Tartu_pedagoogiumi_aruanded, lk 3
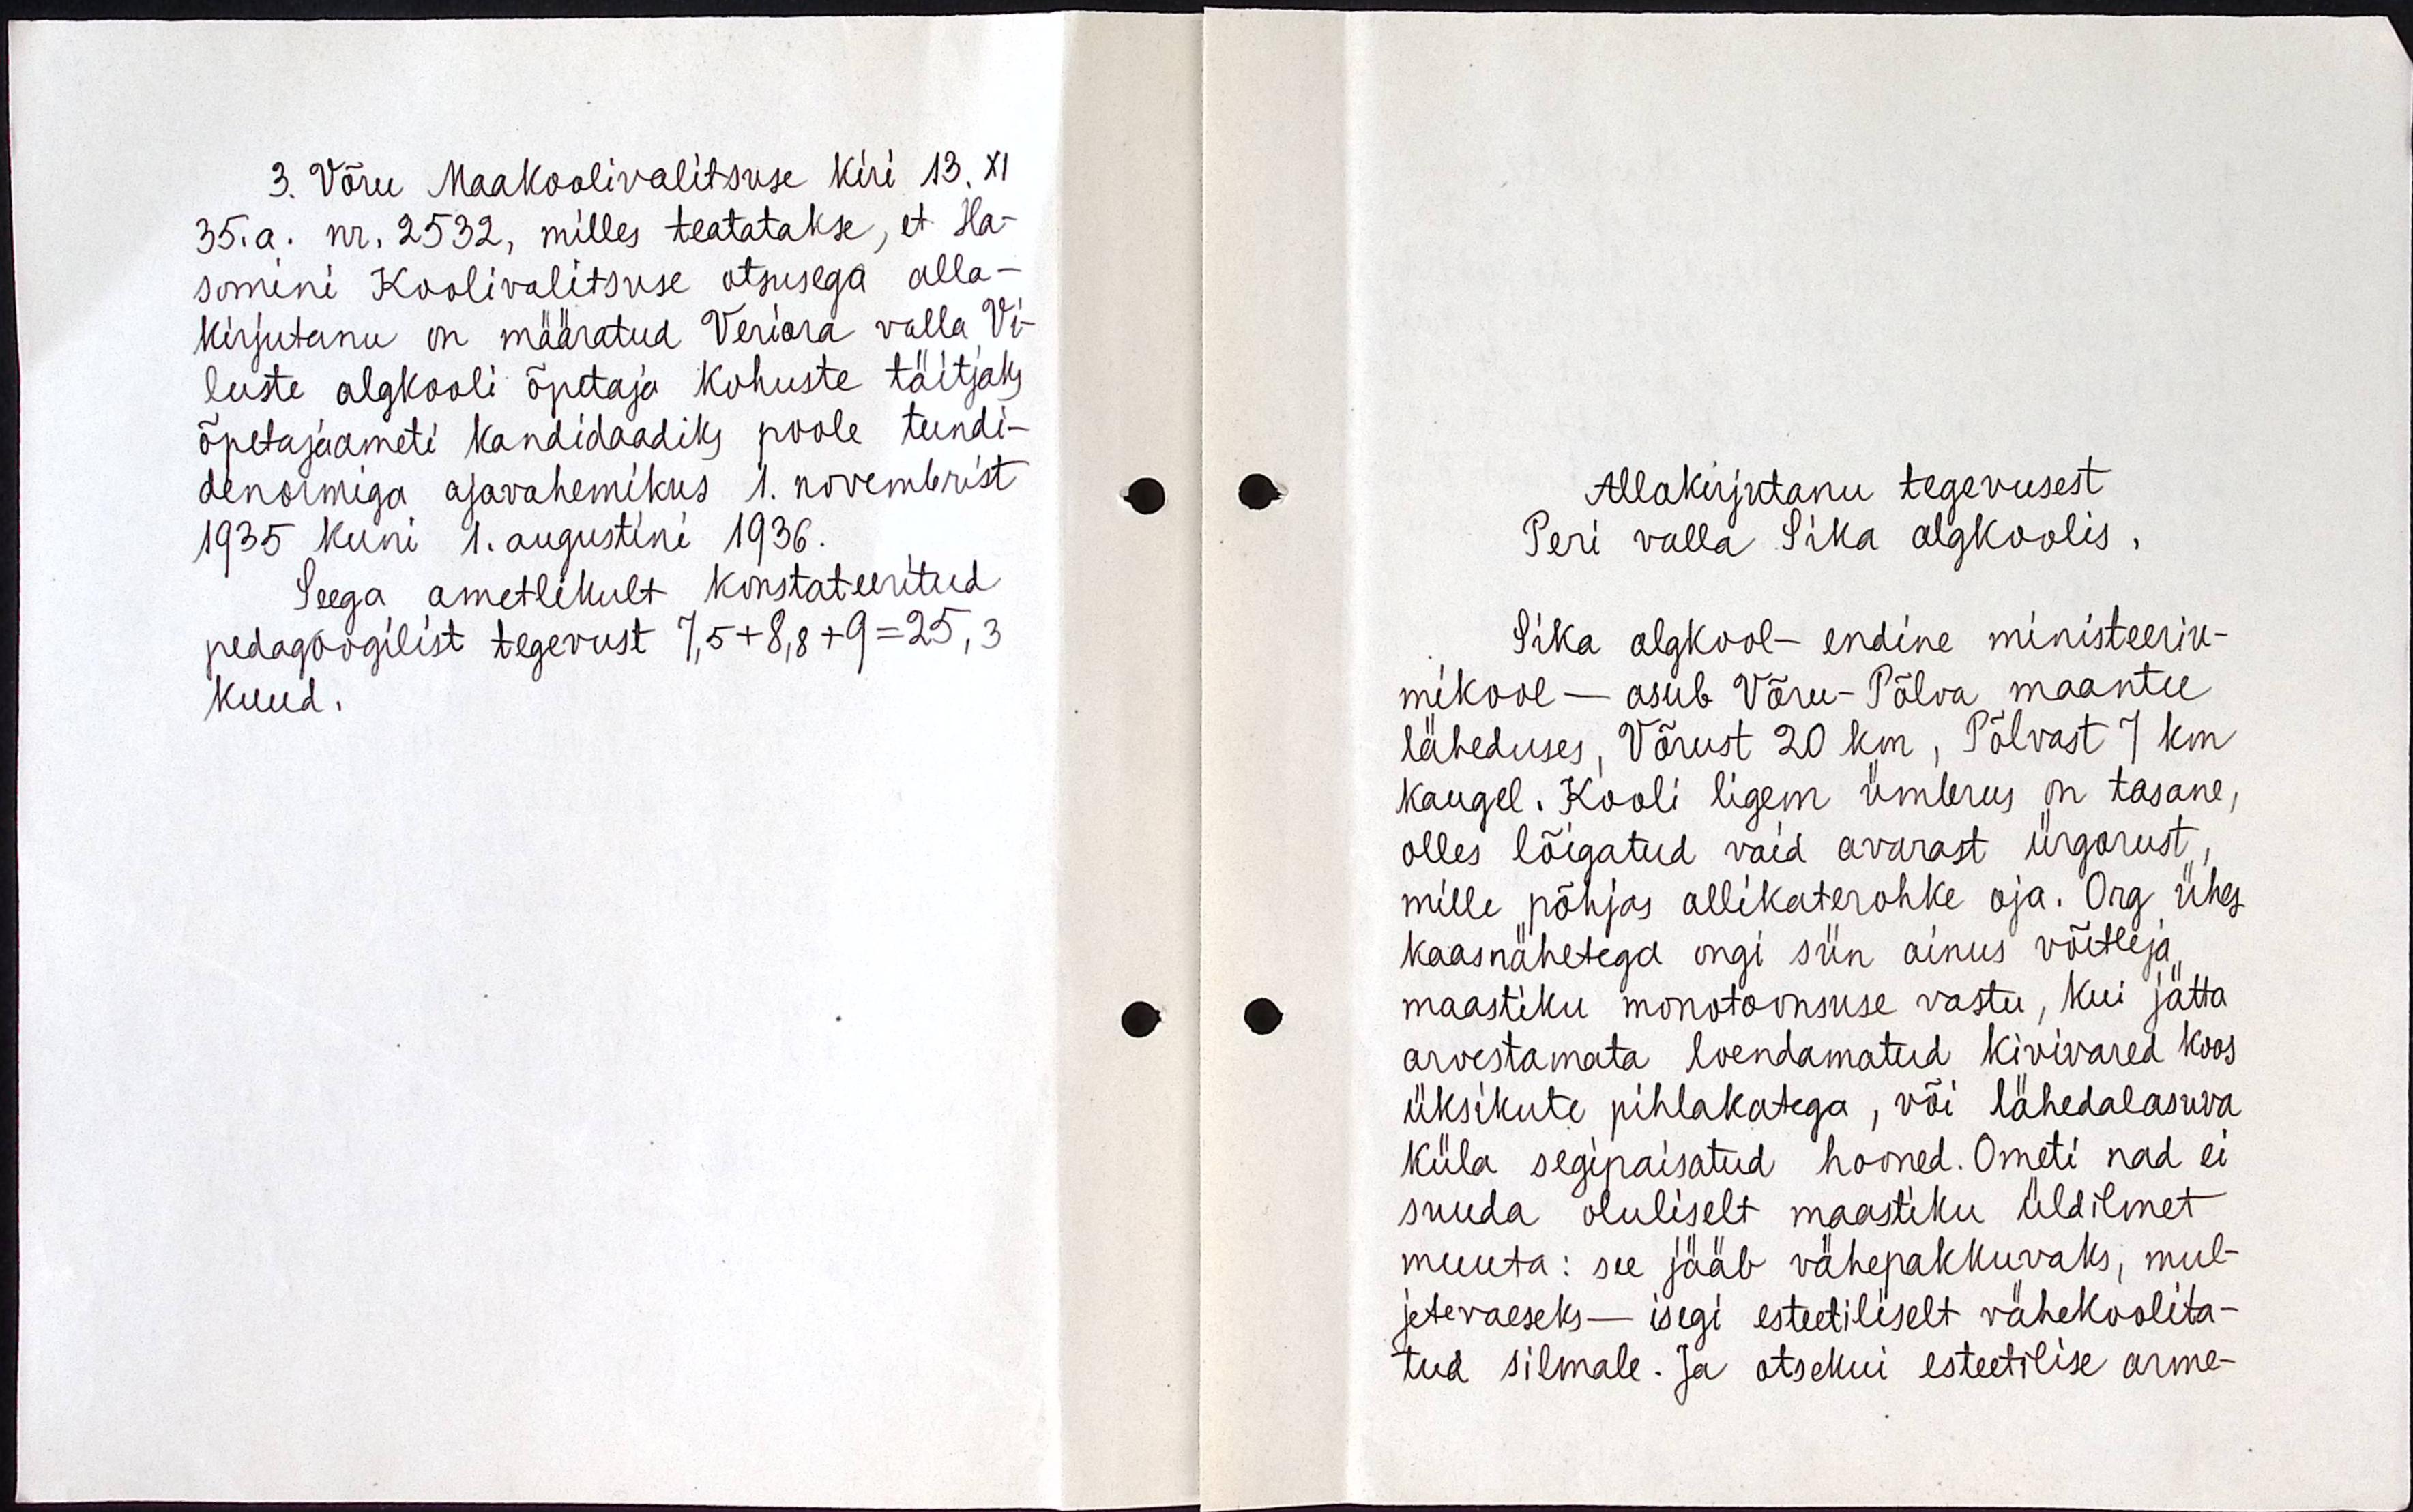
3. Võru Maakoolivalitsuse kiri 13. XI
35. a. nr. 2532, milles teatatakse, et Ha-
somini Koolivalitsuse otsusega alla-
kirjutanu on määratud Veriora valla Vi-
luste algkooli õpetaja kohuste täitjaks
õpetajaameti kandidaadiks poole tundi-
denormiga ajavahemikus 1. novembrist
1935 kuni 1. augustini 1936.
Seega ametlikult konstateeritud
pedagoogilist tegevust 7,5+8,8+9=25,3
kuud.

Allakirjutanu tegevusest
Peri valla Sika algkoolis.
Sika algkool - endine ministeeriu-
mikool - asub Võru-Põlva maantee
läheduses, Võrust 20 km, Põlvast 7 km
kaugel. Kooli ligem ümbrus on tasane,
olles lõigatud vaid avarast ürgorust,
mille põhjas allikaterohke oja. Org ühes
kaasnähetega ongi siin ainus võitleja
maastiku monotoonsuse vastu, kui jätta
arvestamata loendamatud kivivared koos
üksikute pihlakatega, või lähedalasuva
küla segipaisatud hooned. Ometi nad ei 
suuda oluliselt maastiku üldilmet
muuta: see jääb vähepakkuvaks, mul-
jetevaeseks - isegi esteetiliselt vähekoolita-
tud silmale. Ja otsekui esteetilise arme-